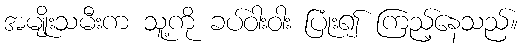
အမျိုးသမီးက သူ့ကို ခပ်ဝါးဝါး ပြုံး၍ ကြည့်နေသည်။